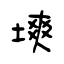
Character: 塽